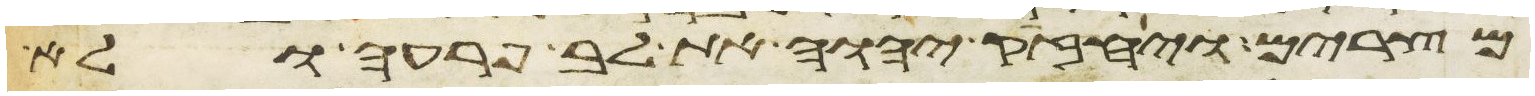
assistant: מצרים ויחזק יהוה את לב פרעה ולא